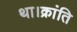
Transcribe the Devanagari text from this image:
था।क्रांति